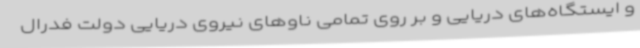
و ایستگاه‌های دریایی و بر روی تمامی ناوهای نیروی دریایی دولت فدرال